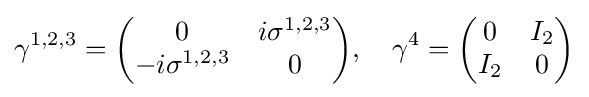
\gamma ^{1,2,3}={\begin{pmatrix}0&i\sigma ^{1,2,3}\\-i\sigma ^{1,2,3}&0\end{pmatrix}},\quad \gamma ^{4}={\begin{pmatrix}0&I_{2}\\I_{2}&0\end{pmatrix}}